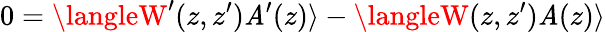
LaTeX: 0=\langleW^{\prime}(z,z^{\prime})\mathit{A}^{\prime}(z)\rangle-\langleW(z,z^{\prime})\mathit{A}(z)\rangle